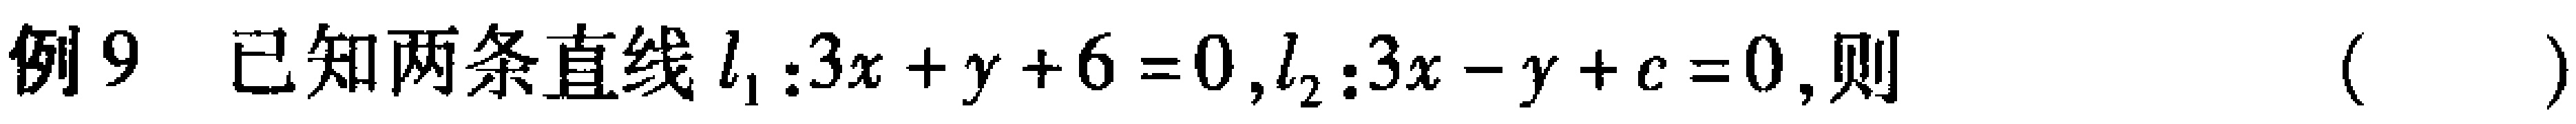
例9 已知两条直线$l_{1}:3x + y + 6 = 0,l_{2}:3x - y + c = 0$,则（  ）